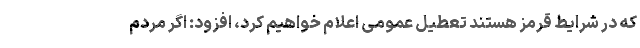
که در شرایط قرمز هستند تعطیل عمومی اعلام خواهیم کرد، افزود: اگر مردم